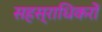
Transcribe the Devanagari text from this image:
सहस्राधिकरों